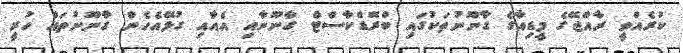
ކުރެއްވީ ރާއްޖޭގެ މީޑިއާގެ ގާނޫނުތަކުގައި ބްރޮޑްކާސްޓް ގާނޫނާއި އެއާއި ގުޅޭއެހެން ގާނޫނުތައް ހުރީ